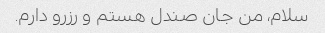
سلام، من جان صندل هستم و رزرو دارم.